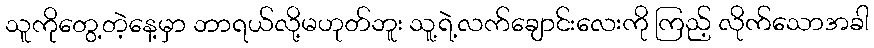
သူကိုတွေ့တဲ့နေ့မှာ ဘာရယ်လို့မဟုတ်ဘူး သူ့ရဲ့လက်ချောင်းလေးကို ကြည့် လိုက်သောအခါ